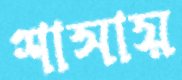
শাসায়